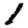
Digit: 1